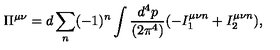
\Pi ^ { \mu \nu } = d \sum _ { n } ( - 1 ) ^ { n } \int { \frac { d ^ { 4 } p } { ( 2 \pi ^ { 4 } ) } } ( - I _ { 1 } ^ { \mu \nu n } + I _ { 2 } ^ { \mu \nu n } ) ,